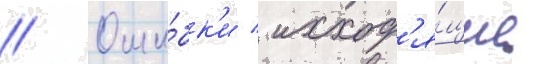
// Оши́бк'и / исход'я́щие